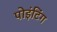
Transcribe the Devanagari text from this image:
पोइंटिंग